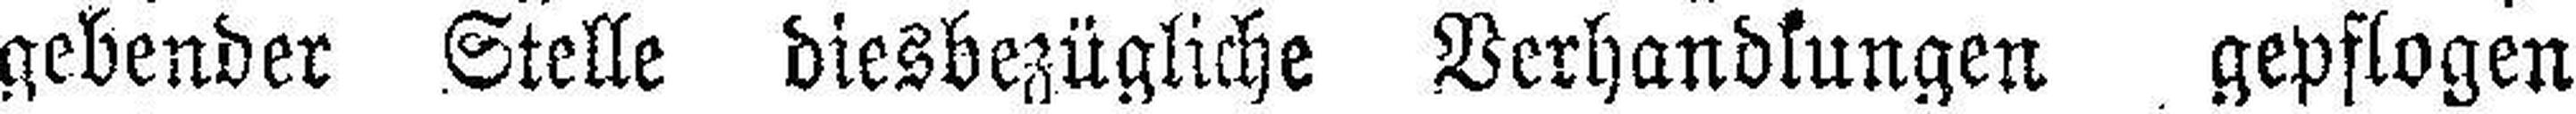
gebender Stelle diesbezügliche Verhandlungen gepflogen